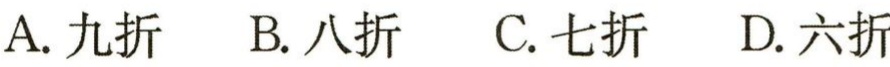
A. 九折  B. 八折  C. 七折  D. 六折